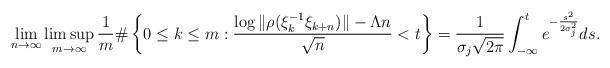
LaTeX: \begin{align*}\lim_{n\to\infty} \limsup_{m\to\infty} \frac{1}{m} \#\left\{0 \le k\le m: \frac{\log\|\rho(\xi_k^{-1} \xi_{k+n})\| - \Lambda n}{\sqrt{n}} < t \right\}=\frac{1}{\sigma_j\sqrt{2\pi}}\int_{-\infty}^t e^{-\frac{s^2}{2\sigma_j^2}}ds.\end{align*}